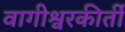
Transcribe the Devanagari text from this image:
वागीश्वरकीर्ती